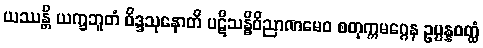
ယဿန္တိ ယက္ခဘူတံ ဝိဒ္ဒသုနောတိ ပဋိသန္ဓိဝိညာဏမေဝ စတုက္ကမဂ္ဂေန ဥပ္ပန္နဝတ္ထံ